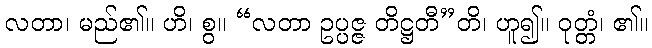
လတာ၊ မည်၏။ ဟိ၊ စွ။ “လတာ ဥပ္ပဇ္ဇ တိဋ္ဌတီ”တိ၊ ဟူ၍။ ဝုတ္တံ၊ ၏။